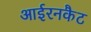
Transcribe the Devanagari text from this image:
आईरनकैट